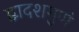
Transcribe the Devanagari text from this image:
द्वादशगुणं